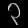
Digit: ၃